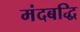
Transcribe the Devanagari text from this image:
मंदबद्धि